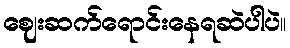
ဈေးဆက်ရောင်းနေရဆဲပါပဲ။